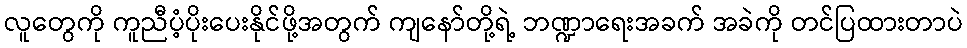
လူတွေကို ကူညီပံ့ပိုးပေးနိုင်ဖို့အတွက် ကျနော်တို့ရဲ့ ဘဏ္ဍာရေးအခက် အခဲကို တင်ပြထားတာပဲ